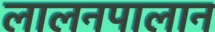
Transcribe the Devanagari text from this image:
लालनपालान